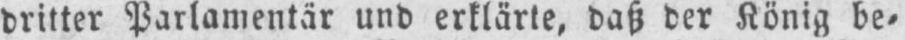
dritter Parlamentär und erklärte, daß der König be⸗